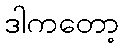
ဒါကတော့